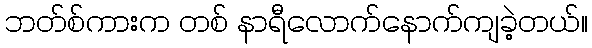
ဘတ်စ်ကားက တစ် နာရီလောက်နောက်ကျခဲ့တယ်။